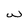
Character: w